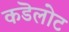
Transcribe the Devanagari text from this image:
कडॆलोट